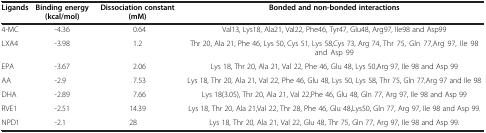
| Ligands | Binding energy (kcal/mol) | Dissociation constant(mM) | Bonded and non-bonded interactions |
 | --- | --- | --- | --- |
 | 4-MC | -4.36 | 0.64 | Val13, Lys18, Ala21, Val22, Phe46, Tyr47, Glu48, Arg97, Ile98 and Asp99 |
 | LXA4 | -3.98 | 1.2 | Thr 20, Ala 21, Phe 46, Lys 50, Cys 51, Lys 58,Cys 73, Arg 74, Thr 75, Gln 77,Arg 97, Ile 98 and Asp 99 |
 | EPA | -3.67 | 2.06 | Lys 18, Thr 20, Ala 21, Val 22, Phe 46, Glu 48, Lys 50,Arg 97, Ile 98 and Asp 99 |
 | AA | -2.9 | 7.53 | Lys 18, Thr 20, Ala 21, Val 22, Phe 46, Glu 48, Lys 50, Lys 58, Thr 75, Gln 77,Arg 97 and Ile 98 |
 | DHA | -2.89 | 7.66 | Lys 18(3.05), Thr 20, Ala 21, Val 22,Phe 46, Glu 48, Gln 77, Arg 97, Ile 98 and Asp 99 |
 | RVE1 | -2.51 | 14.39 | Lys 18, Thr 20, Ala 21,Val 22, Thr 28, Phe 46, Glu 48,Lys50, Gln 77, Arg 97, Ile 98 and Asp 99. |
 | NPD1 | -2.1 | 28 | Lys 18, Thr 20, Ala 21, Val 22, Glu 48, Thr 75, Gln 77, Arg 97, Ile 98 and Asp 99. |